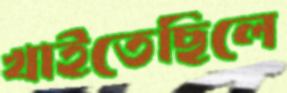
খাইতেছিলে